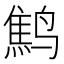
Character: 鹪